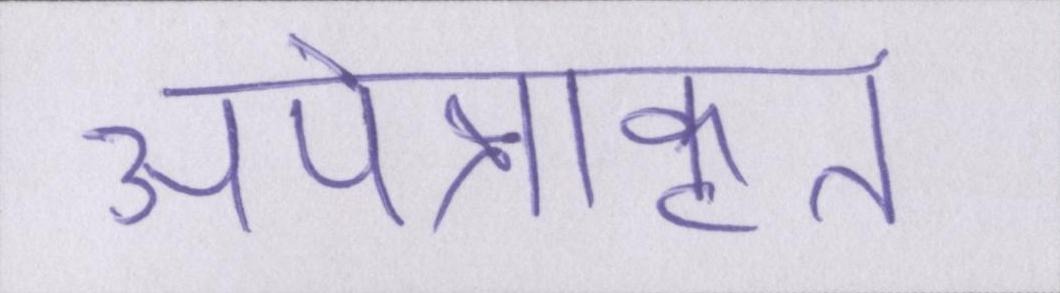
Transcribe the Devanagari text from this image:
अपेक्षाकृत